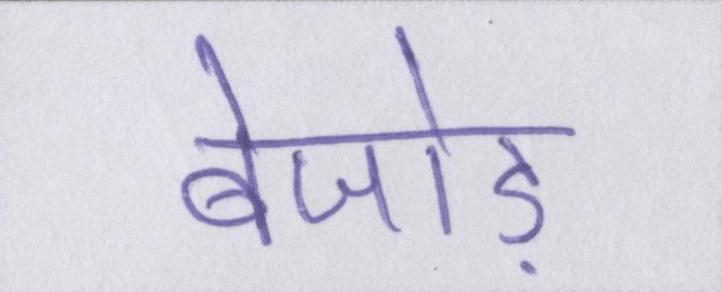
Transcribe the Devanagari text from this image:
बेजोड़